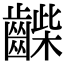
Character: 𪘿